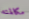
مكالمته